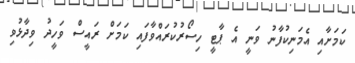
ކަމަށާއި އެމަނިކުފާނު ވަނީ އެ ޕާޓީ ހިސޯރުކުރައްވާފައި ކަމަށް ރައީސް ވަހީދު ވިދާޅުވި